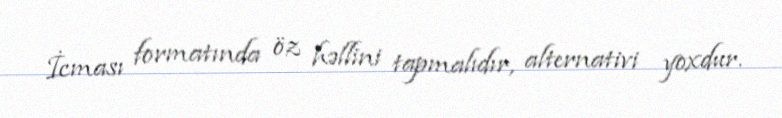
İcması formatında öz həllini tapmalıdır, alternativi yoxdur.